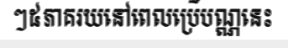
ៗ៥ភាគរយនៅពេលប្រើបណ្ណនេះ